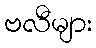
ဗလီများ